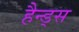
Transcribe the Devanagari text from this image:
हैन्ड्स